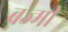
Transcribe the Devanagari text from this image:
बज्मी